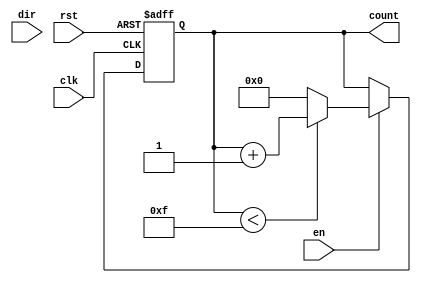
module parameterized_counter #(
    parameter WIDTH = 4,                // Parameter for counter width
    parameter UP_DOWN = 1               // 1 for UP, 0 for DOWN
)(
    input wire clk,                     // Clock signal
    input wire rst,                     // Asynchronous reset
    input wire en,                      // Enable signal
    input wire dir,                     // Direction signal (used if UP_DOWN=0)
    output reg [WIDTH-1:0] count       // Counter output
);

    // Define maximum and minimum counts based on WIDTH
    localparam MAX_COUNT = (1 << WIDTH) - 1;
    localparam MIN_COUNT = 0;

    always @(posedge clk or posedge rst) begin
        if (rst) begin
            // Reset the counter to zero
            count <= MIN_COUNT;
        end
        else if (en) begin
            // Counting operation based on the mode
            if (UP_DOWN) begin
                // UP counting
                if (count < MAX_COUNT) begin
                    count <= count + 1;
                end
                else begin
                    count <= MIN_COUNT; // Wrap around at max count
                end
            end
            else begin
                // DOWN counting
                if (count > MIN_COUNT) begin
                    count <= count - 1;
                end
                else begin
                    count <= MAX_COUNT; // Wrap around at min count
                end
            end
        end
    end

endmodule